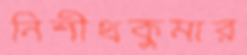
নিশীথকুমার